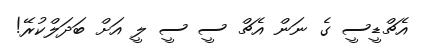
އެޗްޑީސީ ގެ ނަން އެޗް ސީ ސީ ލީ އަށް ބަދަލްކުރޭ!